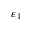
\varepsilon _ { 1 }